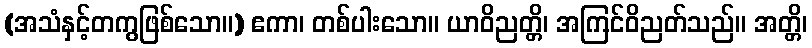
(အသံနှင့်တကွဖြစ်သော။) ဧကာ၊ တစ်ပါးသော။ ယာဝိညတ္တိ၊ အကြင်ဝိညတ်သည်။ အတ္တိ၊